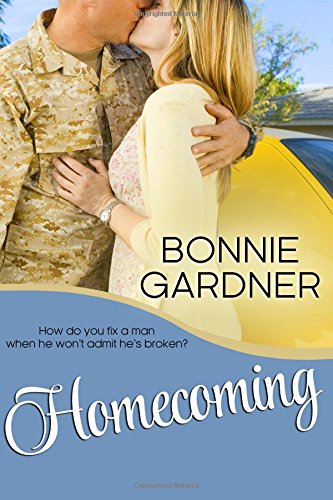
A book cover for Homecoming; Bonnie L Gardner; Romance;